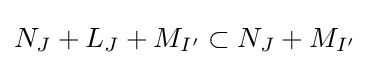
N_{J}+L_{J}+M_{I'}\subset N_{J}+M_{I'}